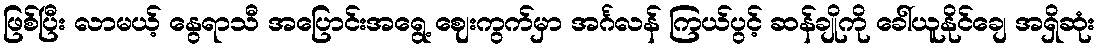
ဖြစ်ပြီး လာမယ့် နွေရာသီ အပြောင်းအရွေ့ ဈေးကွက်မှာ အင်္ဂလန် ကြယ်ပွင့် ဆန်ချိုကို ခေါ်ယူနိုင်ချေ အရှိဆုံး